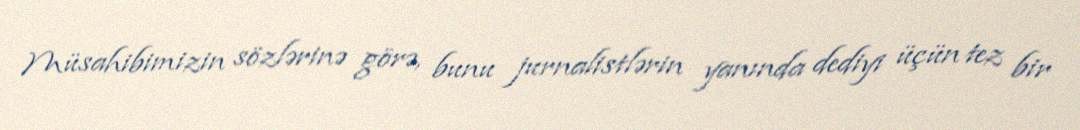
Müsahibimizin sözlərinə görə, bunu jurnalistlərin yanında dediyi üçün tez bir